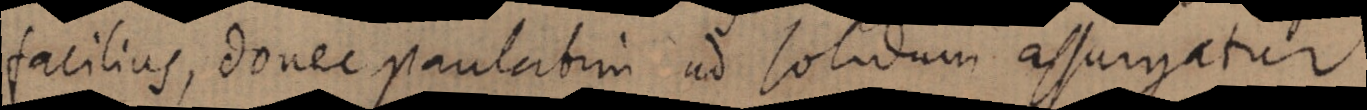
facilius, donec paulatin ad solidum assurgatur